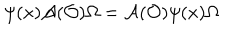
LaTeX: \psi ( x ) \mathcal { A } ( \mathcal { O } ) \Omega = \mathcal { A } ( \mathcal { O } ) \psi ( x ) \Omega